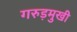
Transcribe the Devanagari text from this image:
गरुड़मुखी